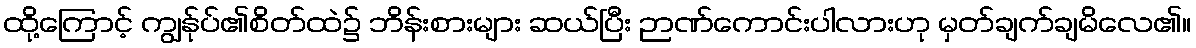
ထို့ကြောင့် ကျွန်ုပ်၏စိတ်ထဲ၌ ဘိန်းစားများ ဆယ်ပြီး ဉာဏ်ကောင်းပါလားဟု မှတ်ချက်ချမိလေ၏။